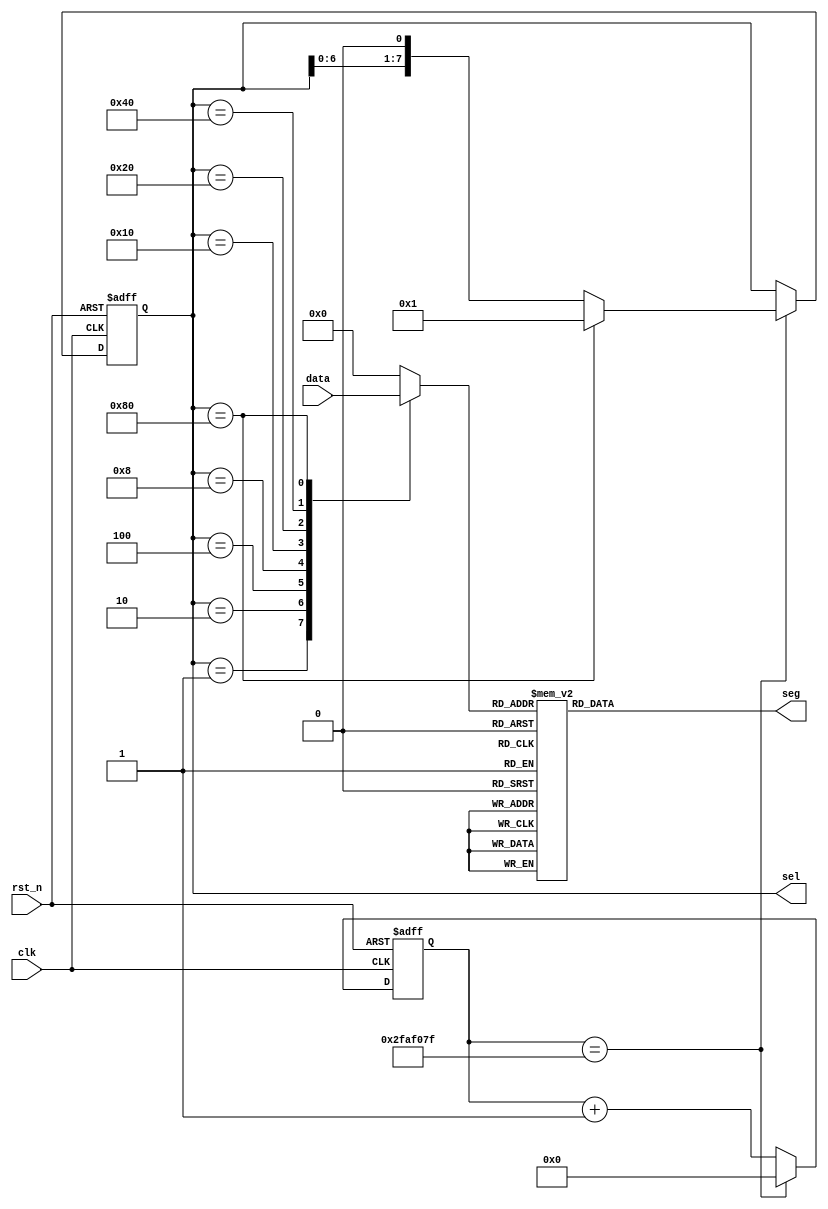
module dis(
           clk,
           rst_n,
           data,
           sel,
           seg    
            );
           
input clk;
input rst_n;
input [31:0] data;

output reg [7:0]sel;
output reg [7:0]seg;

reg [3:0] data_tmp;

reg [27:0] cnt;

parameter CNT_MAX=28'd49_999_999;


always@(posedge clk or negedge rst_n)
       begin
            if(!rst_n)
              begin
              	   cnt <= 'b0;
              end       	   
            else if(cnt==CNT_MAX)
                   begin
                   	   cnt <= 'b0;
                   end
            else
                 cnt <= cnt + 1'b1;
       end

always@(posedge clk or negedge rst_n)
	if(!rst_n)
		sel <= 8'b0000_0001;
	else if(cnt == CNT_MAX)
		begin
			if(sel == 8'b1000_0000)
				sel <= 8'b0000_0001;
			else 
				sel <= sel << 1;
		end
	else 
		sel <= sel;
always@(*)
      begin
      	   case(sel)
      	       8'b0000_0001:begin
      	       	                 data_tmp = data[31:28];
       	       	            end
               8'b0000_0010:begin
                                 data_tmp = data[27:24];
                            end
               8'b0000_0100:begin
                                 data_tmp = data[23:20];
                            end
               8'b0000_1000:begin
                                 data_tmp = data[19:16];
                            end
               8'b0001_0000:begin
                                 data_tmp = data[15:12];
                            end
               8'b0010_0000:begin
                                 data_tmp = data[11:8];
                            end
               8'b0100_0000:begin
                                 data_tmp = data[7:4];
                            end
               8'b1000_0000:begin
                                 data_tmp = data[3:0];
                            end
               default:begin
                            data_tmp = 4'b0000;
                       end
      	   endcase      	   	   	      	   	        	   	         
      end

always@(*)
     begin
          case(data_tmp)
              4'h0:begin
                        seg[7:0] = 8'b0100_0000;   //0                      
                   end
              4'h1:begin
                        seg[7:0] = 8'b0111_1001;   //1
                   end
              4'h2:begin
                        seg[7:0] = 8'b0010_0100;    //2
                   end
              4'h3:begin
                        seg[7:0] = 8'b0011_0000;  //3
                   end
              4'h4:begin
                        seg[7:0] = 8'b0001_1001;  //4
                   end
              4'h5:begin
                        seg[7:0] = 8'b0001_0010;  //5                       
                   end
              4'h6:begin
                        seg[7:0] = 8'b0000_0010;  //6
                   end
              4'h7:begin
                        seg[7:0] = 8'b0111_1000;  //7
                   end
              4'h8:begin
                        seg[7:0] = 8'b0000_0000;  //8
                   end
              4'h9:begin
                        seg[7:0] = 8'b0001_0000;  //9
                   end
              default:begin
                           seg[7:0] = 8'b0100_0000;              
                      end
              endcase
     end
              
endmodule